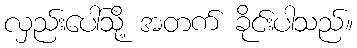
လှည်းပေါ်သို့ အတက် ခိုင်းပါသည်။